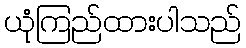
ယုံကြည်ထားပါသည်